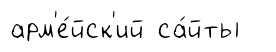
арм'е́йск'ий са́йты